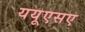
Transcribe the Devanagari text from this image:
ययूएसए